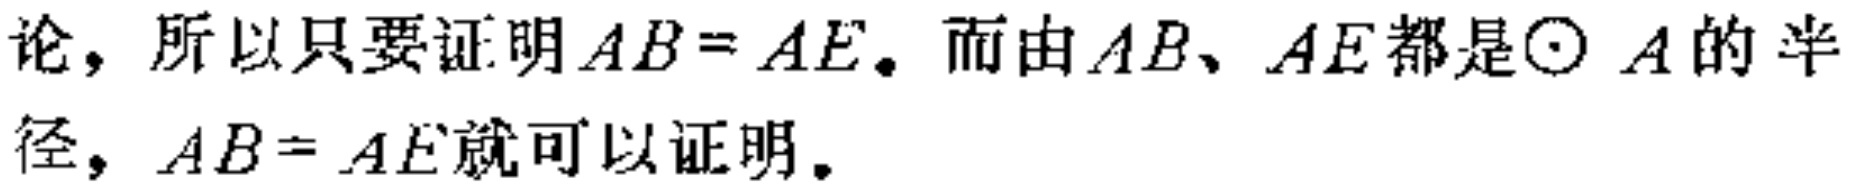
论，所以只要证明\(AB = AE\)。而由\(AB\)、\(AE\)都是\(\odot A\)的半径，\(AB = AE\)就可以证明。